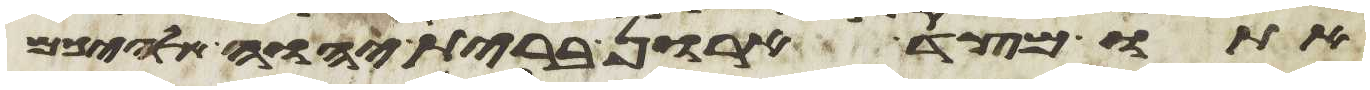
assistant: אתו מצד ארון ברית יהוה אלהיכם